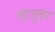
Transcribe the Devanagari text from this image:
बाजुवर